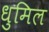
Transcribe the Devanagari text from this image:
धुमिल